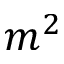
m ^ { 2 }